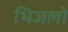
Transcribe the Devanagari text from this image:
भिजलो